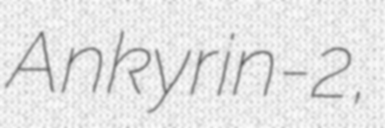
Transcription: Ankyrin-2,